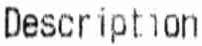
DESCRIPTION